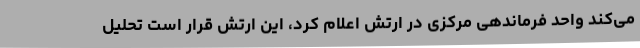
می‌کند واحد فرماندهی مرکزی در ارتش اعلام کرد، این ارتش قرار است تحلیل